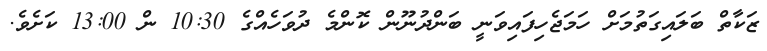
ޒަކާތް ބަލައިގަތުމަށް ހަމަޖެހިފައިވަނީ ބަންދުނޫން ކޮންމެ ދުވަހެއްގެ 10:30 ން 13:00 ކަށެވެ.